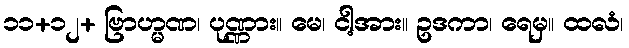
၁၁+၁၂+ ဗြာဟ္မဏ၊ ပုဏ္ဏား။ မေ၊ ငါ့အား။ ဥဒကာ၊ ရေမှ။ ထလံ၊